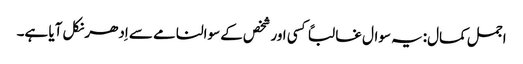
اجمل کمال:یہ سوال غالباً کسی اور شخص کے سوالنامے سے اِدھر نکل آیا ہے۔